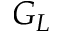
G _ { L }